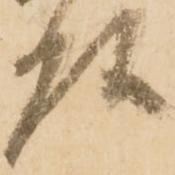
頭